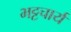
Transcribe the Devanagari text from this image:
भट्टचार्य